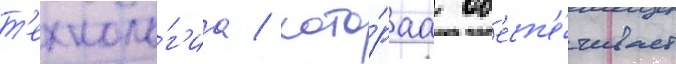
т'ехноло́г'иа / кото́раа об'есп'е́чивает